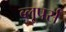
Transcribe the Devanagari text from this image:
ब्लूपर्स